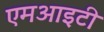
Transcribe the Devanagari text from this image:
एमआइटी